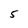
Character: 5